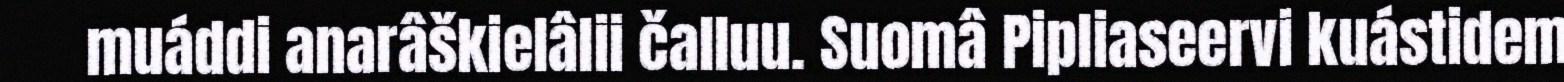
muáddi anarâškielâlii čalluu. Suomâ Pipliaseervi kuástidem